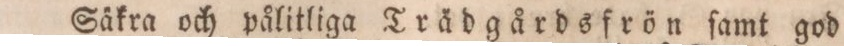
Säkra och pålitliga Trädgårdsfrön ſamt god